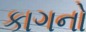
કાગનો